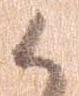
候